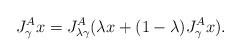
LaTeX: \begin{align*}J^A_\gamma x=J^A_{\lambda\gamma}(\lambda x+ (1-\lambda)J^A_\gamma x).\end{align*}